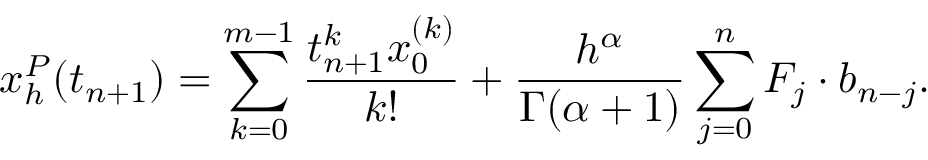
x _ { h } ^ { P } ( t _ { n + 1 } ) = \sum _ { k = 0 } ^ { m - 1 } \frac { t _ { n + 1 } ^ { k } x _ { 0 } ^ { ( k ) } } { k ! } + \frac { h ^ { \alpha } } { \Gamma ( \alpha + 1 ) } \sum _ { j = 0 } ^ { n } F _ { j } \cdot b _ { n - j } .